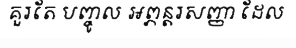
គួរតែ បញ្ចូល អព្ភន្តរសញ្ញា ដែល